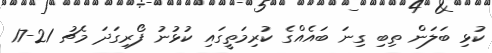
ކުޅި ބަލަން ތިބި ގިނަ ބައެއްގެ ކުރިމަތީގައި ކުޅުނު ފޯރިގަދަ މެޗު 21-17